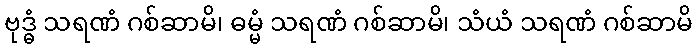
ဗုဒ္ဓံ သရဏံ ဂစ်ဆာမိ၊ ဓမ္မံ သရဏံ ဂစ်ဆာမိ၊ သံယံ သရဏံ ဂစ်ဆာမိ